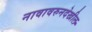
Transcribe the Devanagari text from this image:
नावावरुनदेखील